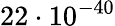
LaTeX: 22\cdot 10^{-40}